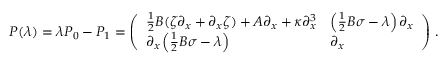
P ( \lambda ) = \lambda P _ { 0 } - P _ { 1 } = \left( \begin{array} { l l } { \frac 1 2 B ( \zeta \partial _ { x } + \partial _ { x } \zeta ) + A \partial _ { x } + \kappa \partial _ { x } ^ { 3 } } & { \left( \frac 1 2 B \sigma - \lambda \right) \partial _ { x } } \\ { \partial _ { x } \left( \frac 1 2 B \sigma - \lambda \right) } & { \partial _ { x } } \end{array} \right) \, .